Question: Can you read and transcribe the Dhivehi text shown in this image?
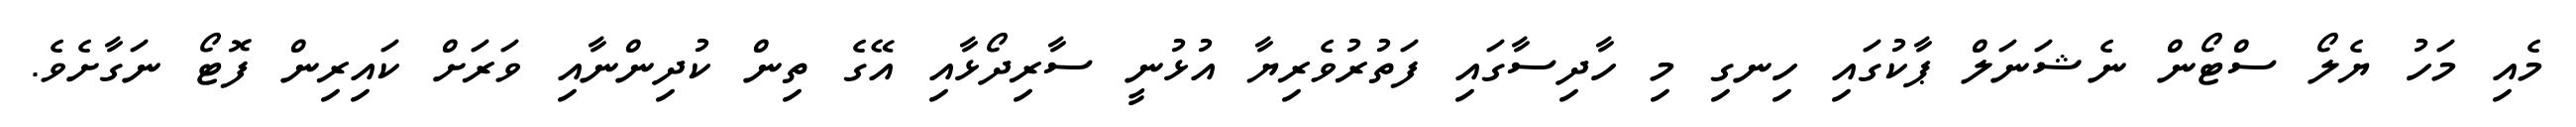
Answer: މެއި މަހު ޔެލޯ ސްޓޯން ނެޝަނަލް ޕާކުގައި ހިނގި މި ހާދިސާގައި ފަތުރުވެރިޔާ އުޅުނީ ސާރިދޯޅާއި އޭގެ ތިން ކުދިންނާއި ވަރަށް ކައިރިން ފޮޓޯ ނަގާށެވެ.